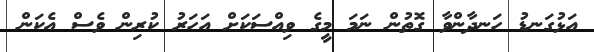
އަޅުގަނޑު ހަނދާންވާ ގޮތުން ނަމަ މީގެ ވިއްސަކަށް އަހަރު ކުރިން ވެސް އެކަން